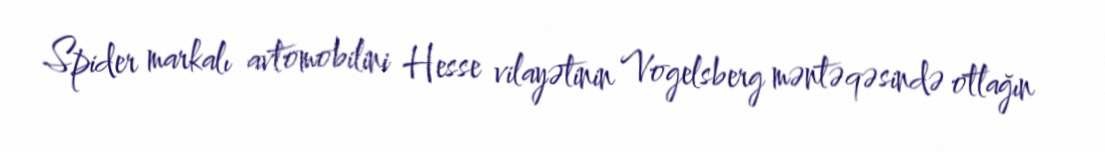
Spider markalı avtomobilini Hesse vilayətinin Vogelsberg məntəqəsində otlağın